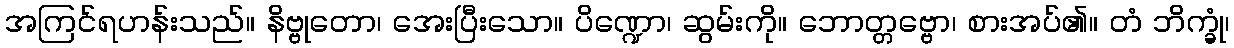
အကြင်ရဟန်းသည်။ နိဗ္ဗုတော၊ အေးပြီးသော။ ပိဏ္ဍော၊ ဆွမ်းကို။ ဘောတ္တဗ္ဗော၊ စားအပ်၏။ တံ ဘိက္ခုံ၊